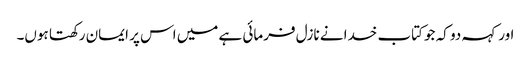
اور کہہ دو کہ جو کتاب خدا نے نازل فرمائی ہے میں اس پر ایمان رکھتا ہوں۔